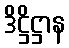
ဒိဋ္ဌိဋ္ဌာန